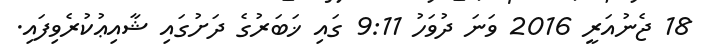
18 ޖެނުއަރީ 2016 ވަނަ ދުވަހު 9:11 ގައި ޚަބަރުގެ ދަށުގައި ޝާއިޢުކުރެވިފައި.